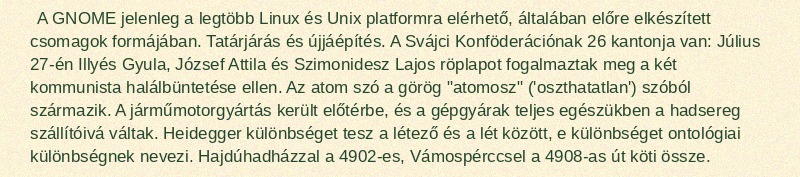
A GNOME jelenleg a legtöbb Linux és Unix platformra elérhető, általában előre elkészített csomagok formájában. Tatárjárás és újjáépítés. A Svájci Konföderációnak 26 kantonja van: Július 27-én Illyés Gyula, József Attila és Szimonidesz Lajos röplapot fogalmaztak meg a két kommunista halálbüntetése ellen. Az atom szó a görög "atomosz" ('oszthatatlan') szóból származik. A járműmotorgyártás került előtérbe, és a gépgyárak teljes egészükben a hadsereg szállítóivá váltak. Heidegger különbséget tesz a létező és a lét között, e különbséget ontológiai különbségnek nevezi. Hajdúhadházzal a 4902-es, Vámospérccsel a 4908-as út köti össze.